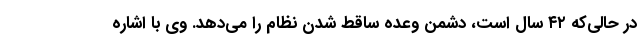
در حالی‌که ۴۲ سال است، دشمن وعده ساقط شدن نظام را می‌دهد. وی با اشاره